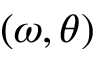
( \omega , \theta )